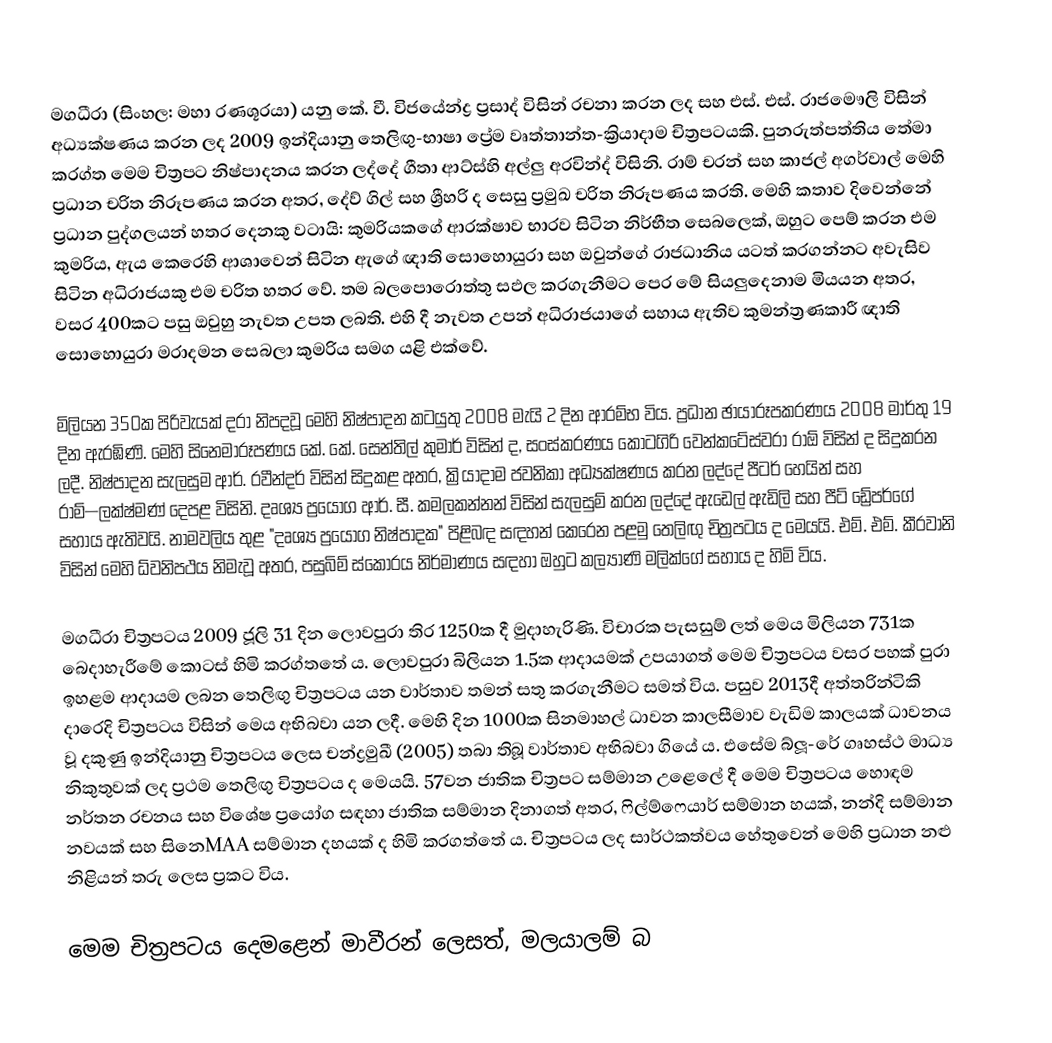
මගධීරා (සිංහල: මහා රණශූරයා) යනු කේ. වී. විජයේන්ද්‍ර ප්‍රසාද් විසින් රචනා කරන ලද සහ එස්. එස්. රාජමෞලි විසින් අධ්‍යක්ෂණය කරන ලද 2009 ඉන්දියානු තෙලිඟු-භාෂා ප්‍රේම වෘත්තාන්ත-ක්‍රියාදාම චිත්‍රපටයකි. පුනරුත්පත්තිය තේමා කරග්ත මෙම චිත්‍රපට නිෂ්පාදනය කරන ලද්දේ ගීතා ආට්ස්හි අල්ලු අරවින්ද් විසිනි. රාම් චරන් සහ කාජල් අගර්වාල් මෙහි ප්‍රධාන චරිත නිරූපණය කරන අතර, දේව් ගිල් සහ ශ්‍රීහරි ද සෙසු ප්‍රමුඛ චරිත නිරූපණය කරති. මෙහි කතාව දිවෙන්නේ ප්‍රධාන පුද්ගලයන් හතර දෙනකු වටායි: කුමරියකගේ ආරක්ෂාව භාරව සිටින නිර්භීත සෙබලෙක්, ඔහුට පෙම් කරන එම කුමරිය, ඇය කෙරෙහි ආශාවෙන් සිටින ඇගේ ඥාති සොහොයුරා සහ ඔවුන්ගේ රාජධානිය යටත් කරගන්නට අවැසිව සිටින අධිරාජයකු එම චරිත හතර වේ. තම බලපොරොත්තු සඵල කරගැනීමට පෙර මේ සියලුදෙනාම මියයන අතර, වසර 400කට පසු ඔවුහු නැවත උපත ලබති. එහි දී නැවත උපන් අධිරාජයාගේ සහාය ඇතිව කුමන්ත්‍රණකාරී ඥාති සොහොයුරා මරාදමන සෙබලා කුමරිය සමග යළි එක්වේ.

 මිලියන 350ක පිරිවැයක් දරා නිපදවූ මෙහි නිෂ්පාදන කටයුතු 2008 මැයි 2 දින ආරම්භ විය. ප්‍රධාන ඡායාරූපකරණය 2008 මාර්තු 19 දින ඇරඹිණි. මෙහි සිනෙමාරූපණය කේ. කේ. සෙන්තිල් කුමාර් විසින් ද, සංස්කරණය කෝටගිරි වෙන්කටේස්වරා රාඕ විසින් ද සිදුකරන ලදී. නිෂ්පාදන සැලසුම ආර්. රවීන්දර් විසින් සිදුකළ අතර, ක්‍රියාදාම ජවනිකා අධ්‍යක්ෂණය කරන ලද්දේ පීටර් හෙයින් සහ රාම්—ලක්ෂ්මණ් දෙපළ විසිනි. දෘශ්‍ය ප්‍රයෝග ආර්. සී. කමලකන්නන් විසින් සැලසුම් කරන ලද්දේ ඇඩෙල් ඇඩිලි සහ පීට් ඩ්‍රේපර්ගේ සහාය ඇතිවයි. නාමවලිය තුළ "දෘශ්‍ය ප්‍රයෝග නිෂ්පාදක" පිළිබඳ සඳහන් කෙරෙන පළමු තෙලිඟු චිත්‍රපටය ද මෙයයි. එම්. එම්. කීරවානි විසින් මෙහි ධ්වනිපථය නිමැවූ අතර, පසුබිම් ස්කෝරය නිර්මාණය සඳහා ඔහුට කල්‍යාණි මලික්ගේ සහාය ද හිමි විය.

මගධීරා චිත්‍රපටය 2009 ජූලි 31 දින ලොවපුරා තිර 1250ක දී මුදාහැරිණි. විචාරක පැසසුම් ලත් මෙය  මිලියන 731ක බෙදාහැරීමේ කොටස් හිමි කරග්තතේ ය.  ලොවපුරා  බිලියන 1.5ක ආදායමක් උපයාගත් මෙම චිත්‍රපටය වසර පහක් පුරා ඉහළම ආදායම ලබන තෙලිඟු චිත්‍රපටය යන වාර්තාව තමන් සතු කරගැනීමට සමත් විය. පසුව 2013දී අත්තරින්ටිකි දාරෙදි චිත්‍රපටය විසින් මෙය අභිබවා යන ලදී. මෙහි දින 1000ක සිනමාහල් ධාවන කාලසීමාව වැඩිම කාලයක් ධාවනය වූ දකුණු ඉන්දියානු චිත්‍රපටය ලෙස චන්ද්‍රමුඛී (2005) තබා තිබූ වාර්තාව අභිබවා ගියේ ය. එසේම බ්ලූ-රේ ගෘහස්ථ මාධ්‍ය නිකුතුවක් ලද ප්‍රථම තෙලිඟු චිත්‍රපටය ද මෙයයි. 57වන ජාතික චිත්‍රපට සම්මාන උළෙලේ දී මෙම චිත්‍රපටය හොඳම නර්තන රචනය සහ වි‍ශේෂ ප්‍රයෝග සඳහා ජාතික සම්මාන දිනාගත් අතර, ෆිල්ම්ෆෙයාර් සම්මාන හයක්, නන්දි සම්මාන නවයක් සහ සිනෙMAA සම්මාන දහයක් ද හිමි කරගත්තේ ය. චිත්‍රපටය ලද සාර්ථකත්වය හේතුවෙන් මෙහි ප්‍රධාන නළු නිළියන් තරු ලෙස ප්‍රකට විය.

මෙම චිත්‍රපටය දෙමළෙන් මාවීරන් ලෙසත්, මලයාලම් බ